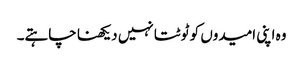
وہ اپنی امیدوں کو ٹوٹتا نہیں دیکھنا چاہتے۔